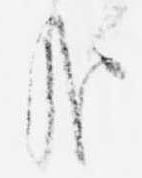
哉